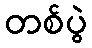
တစ်ပွဲ